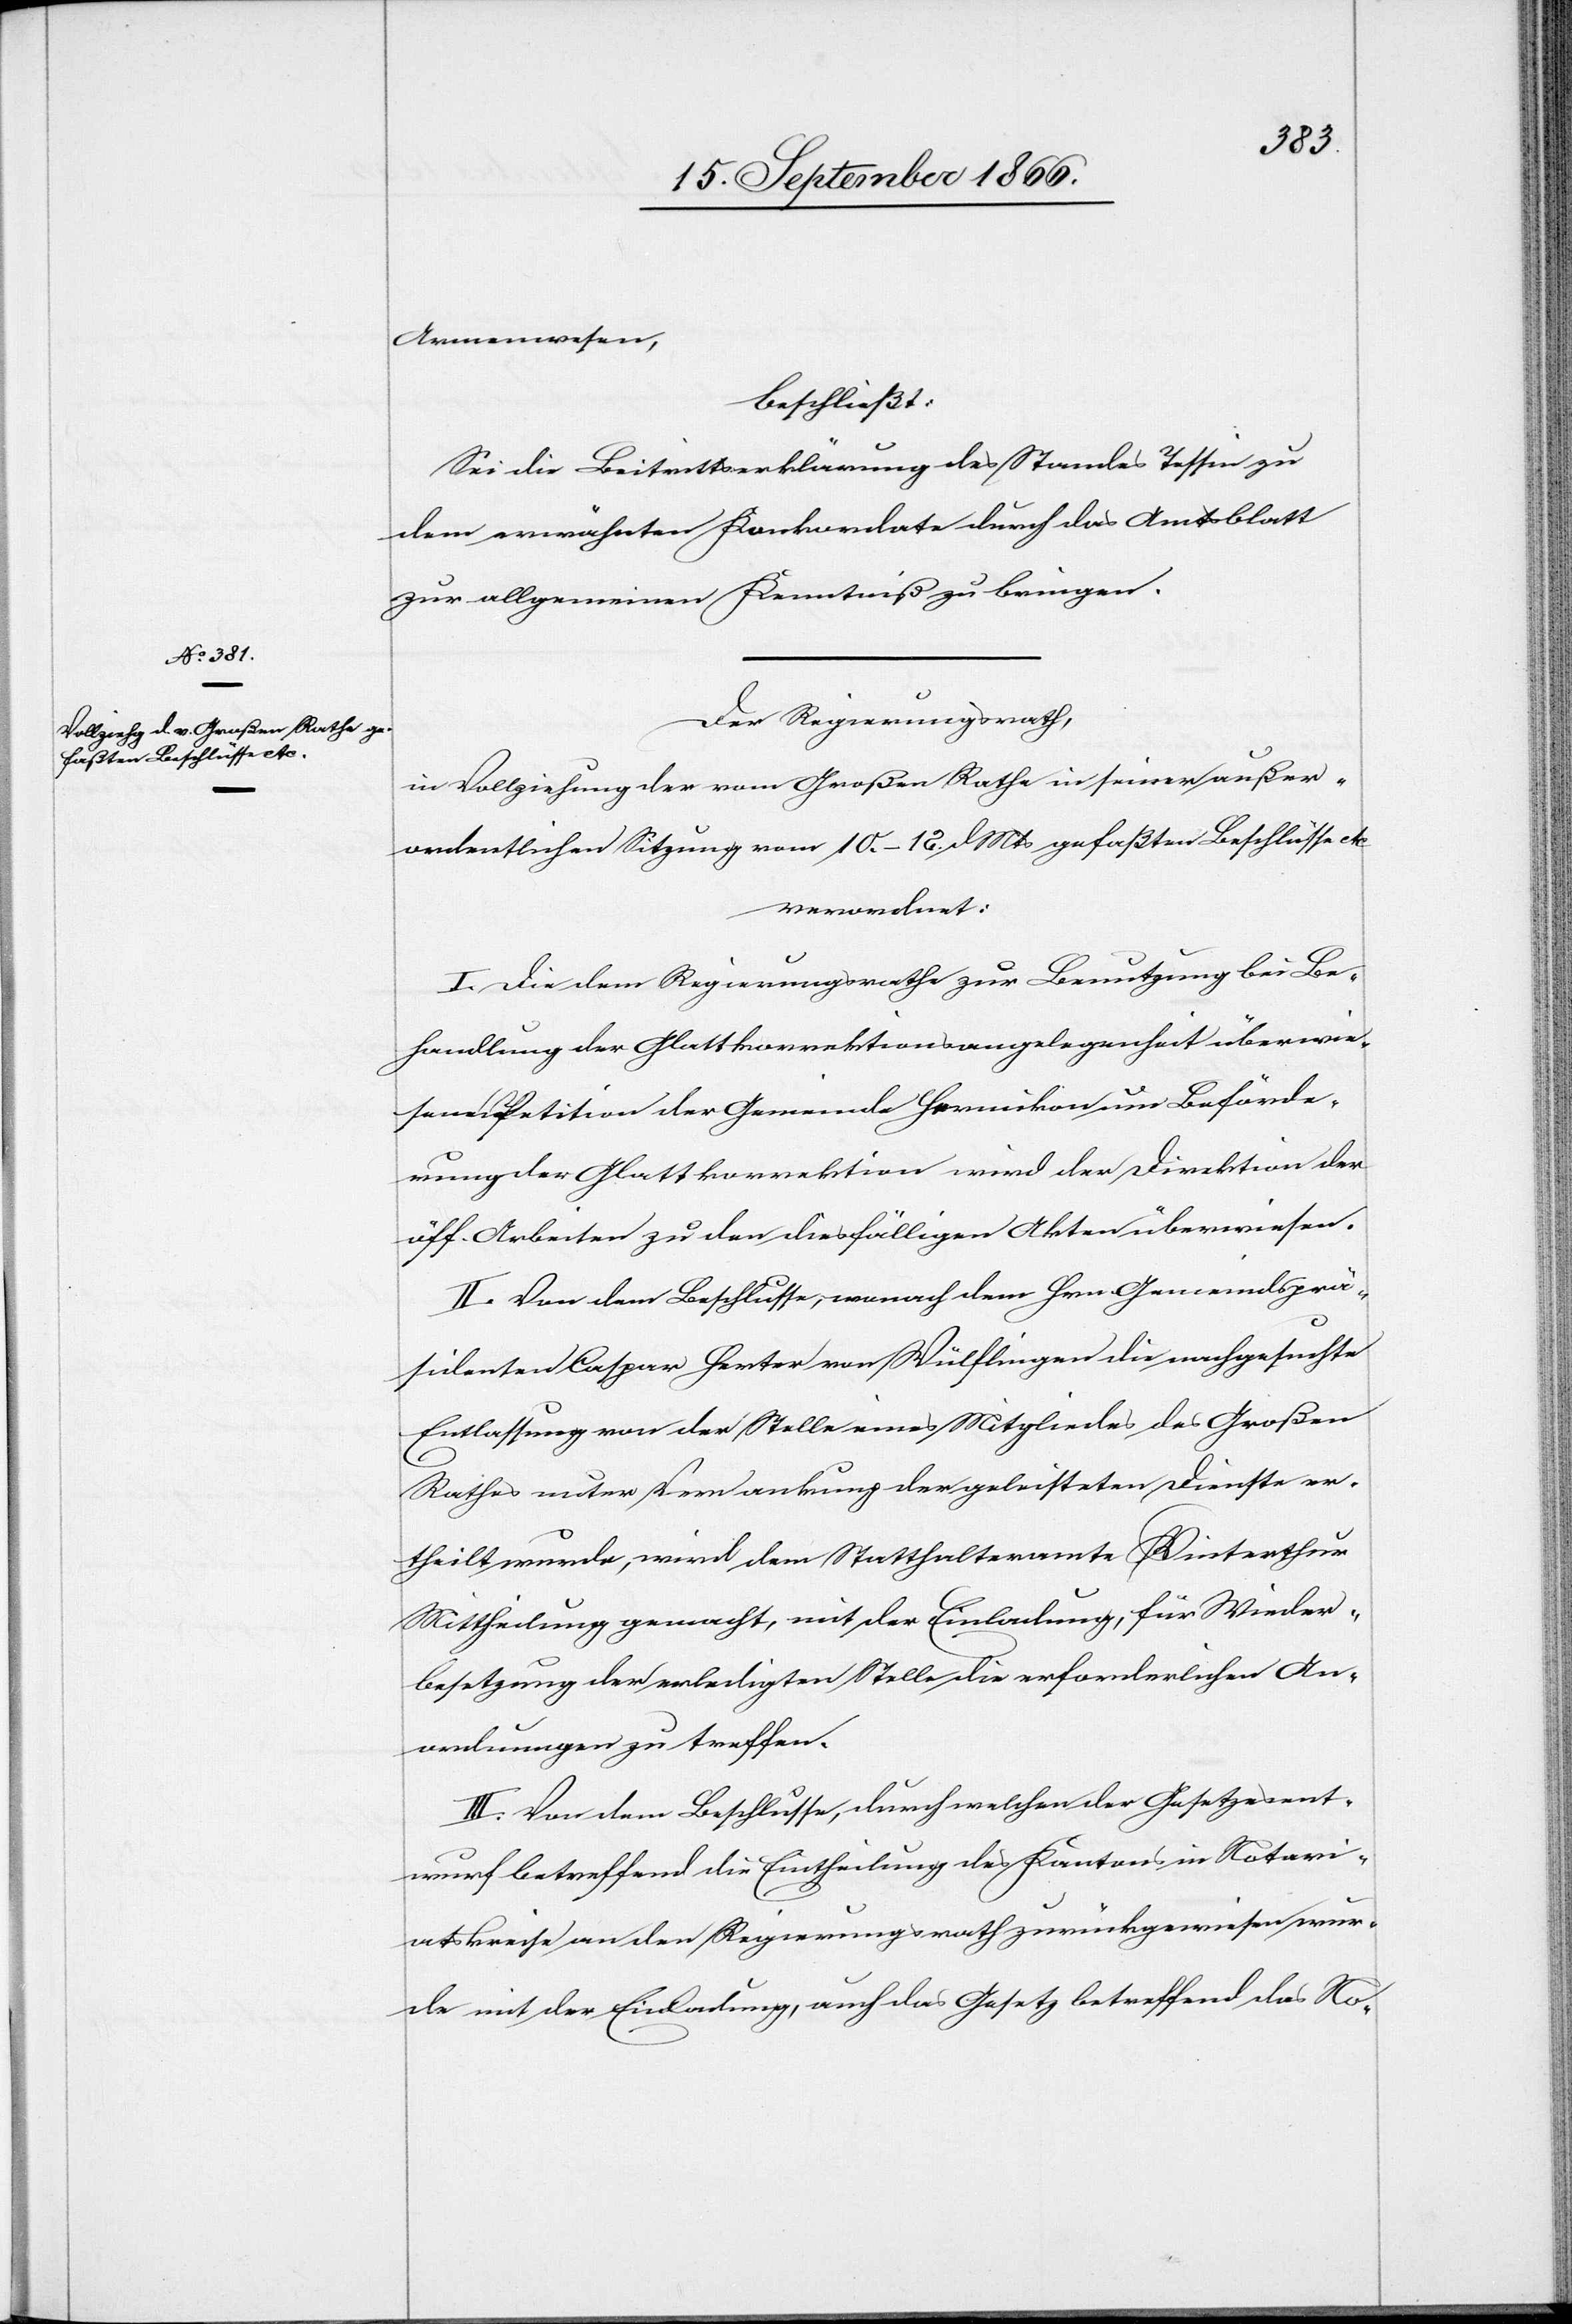
Armenwesen,
beschließt:
Sei die Beitrittserklärung des Standes Tessin zu
dem erwähnten Konkordate durch das Amtsblatt
zur allgemeinen Kenntniß zu bringen.
Der Regierungsrath,
in Vollziehung der vom Großen Rathe in seiner außer¬
ordentlichen Sitzung vom 10.–12. dMts. gefaßten Beschlüsse etc.
verordnet:
I. Die dem Regierungsrathe zur Benutzung bei Be¬
handlung der Glattkorrektionsangelegenheit überwie¬
sene Petition der Gemeinde Hermikon um Beförde¬
rung der Glattkorrektion wird der Direktion der
öff. Arbeiten zu den diesfälligen Akten überwiesen.
II. Von dem Beschlusse, wonach dem Hrn. Gemeindsprä¬
sidenten Caspar Herter von Wülflingen die nachgesuchte
Entlassung von der Stelle eines Mitgliedes des Großen
Rathes unter Verdankung der geleisteten Dienste er¬
theilt wurde, wird dem Statthalteramte Winterthur
Mittheilung gemacht, mit der Einladung, für Wieder¬
besetzung der erledigten Stelle die erforderlichen An¬
ordnungen zu treffen.
III. Von dem Beschlusse, durch welchen der Gesetzesent¬
wurf betreffend die Eintheilung des Kantons in Notari¬
atskreise an den Regierungsrath zurückgewiesen wur¬
de mit der Einladung, auch das Gesetz betreffend das No-